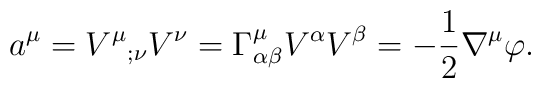
a^\mu = V^\mu{}_{;\nu} V^\nu = \Gamma^\mu_{\alpha\beta} V^\alpha V^\beta =-{1\over2} \nabla^\mu \varphi.